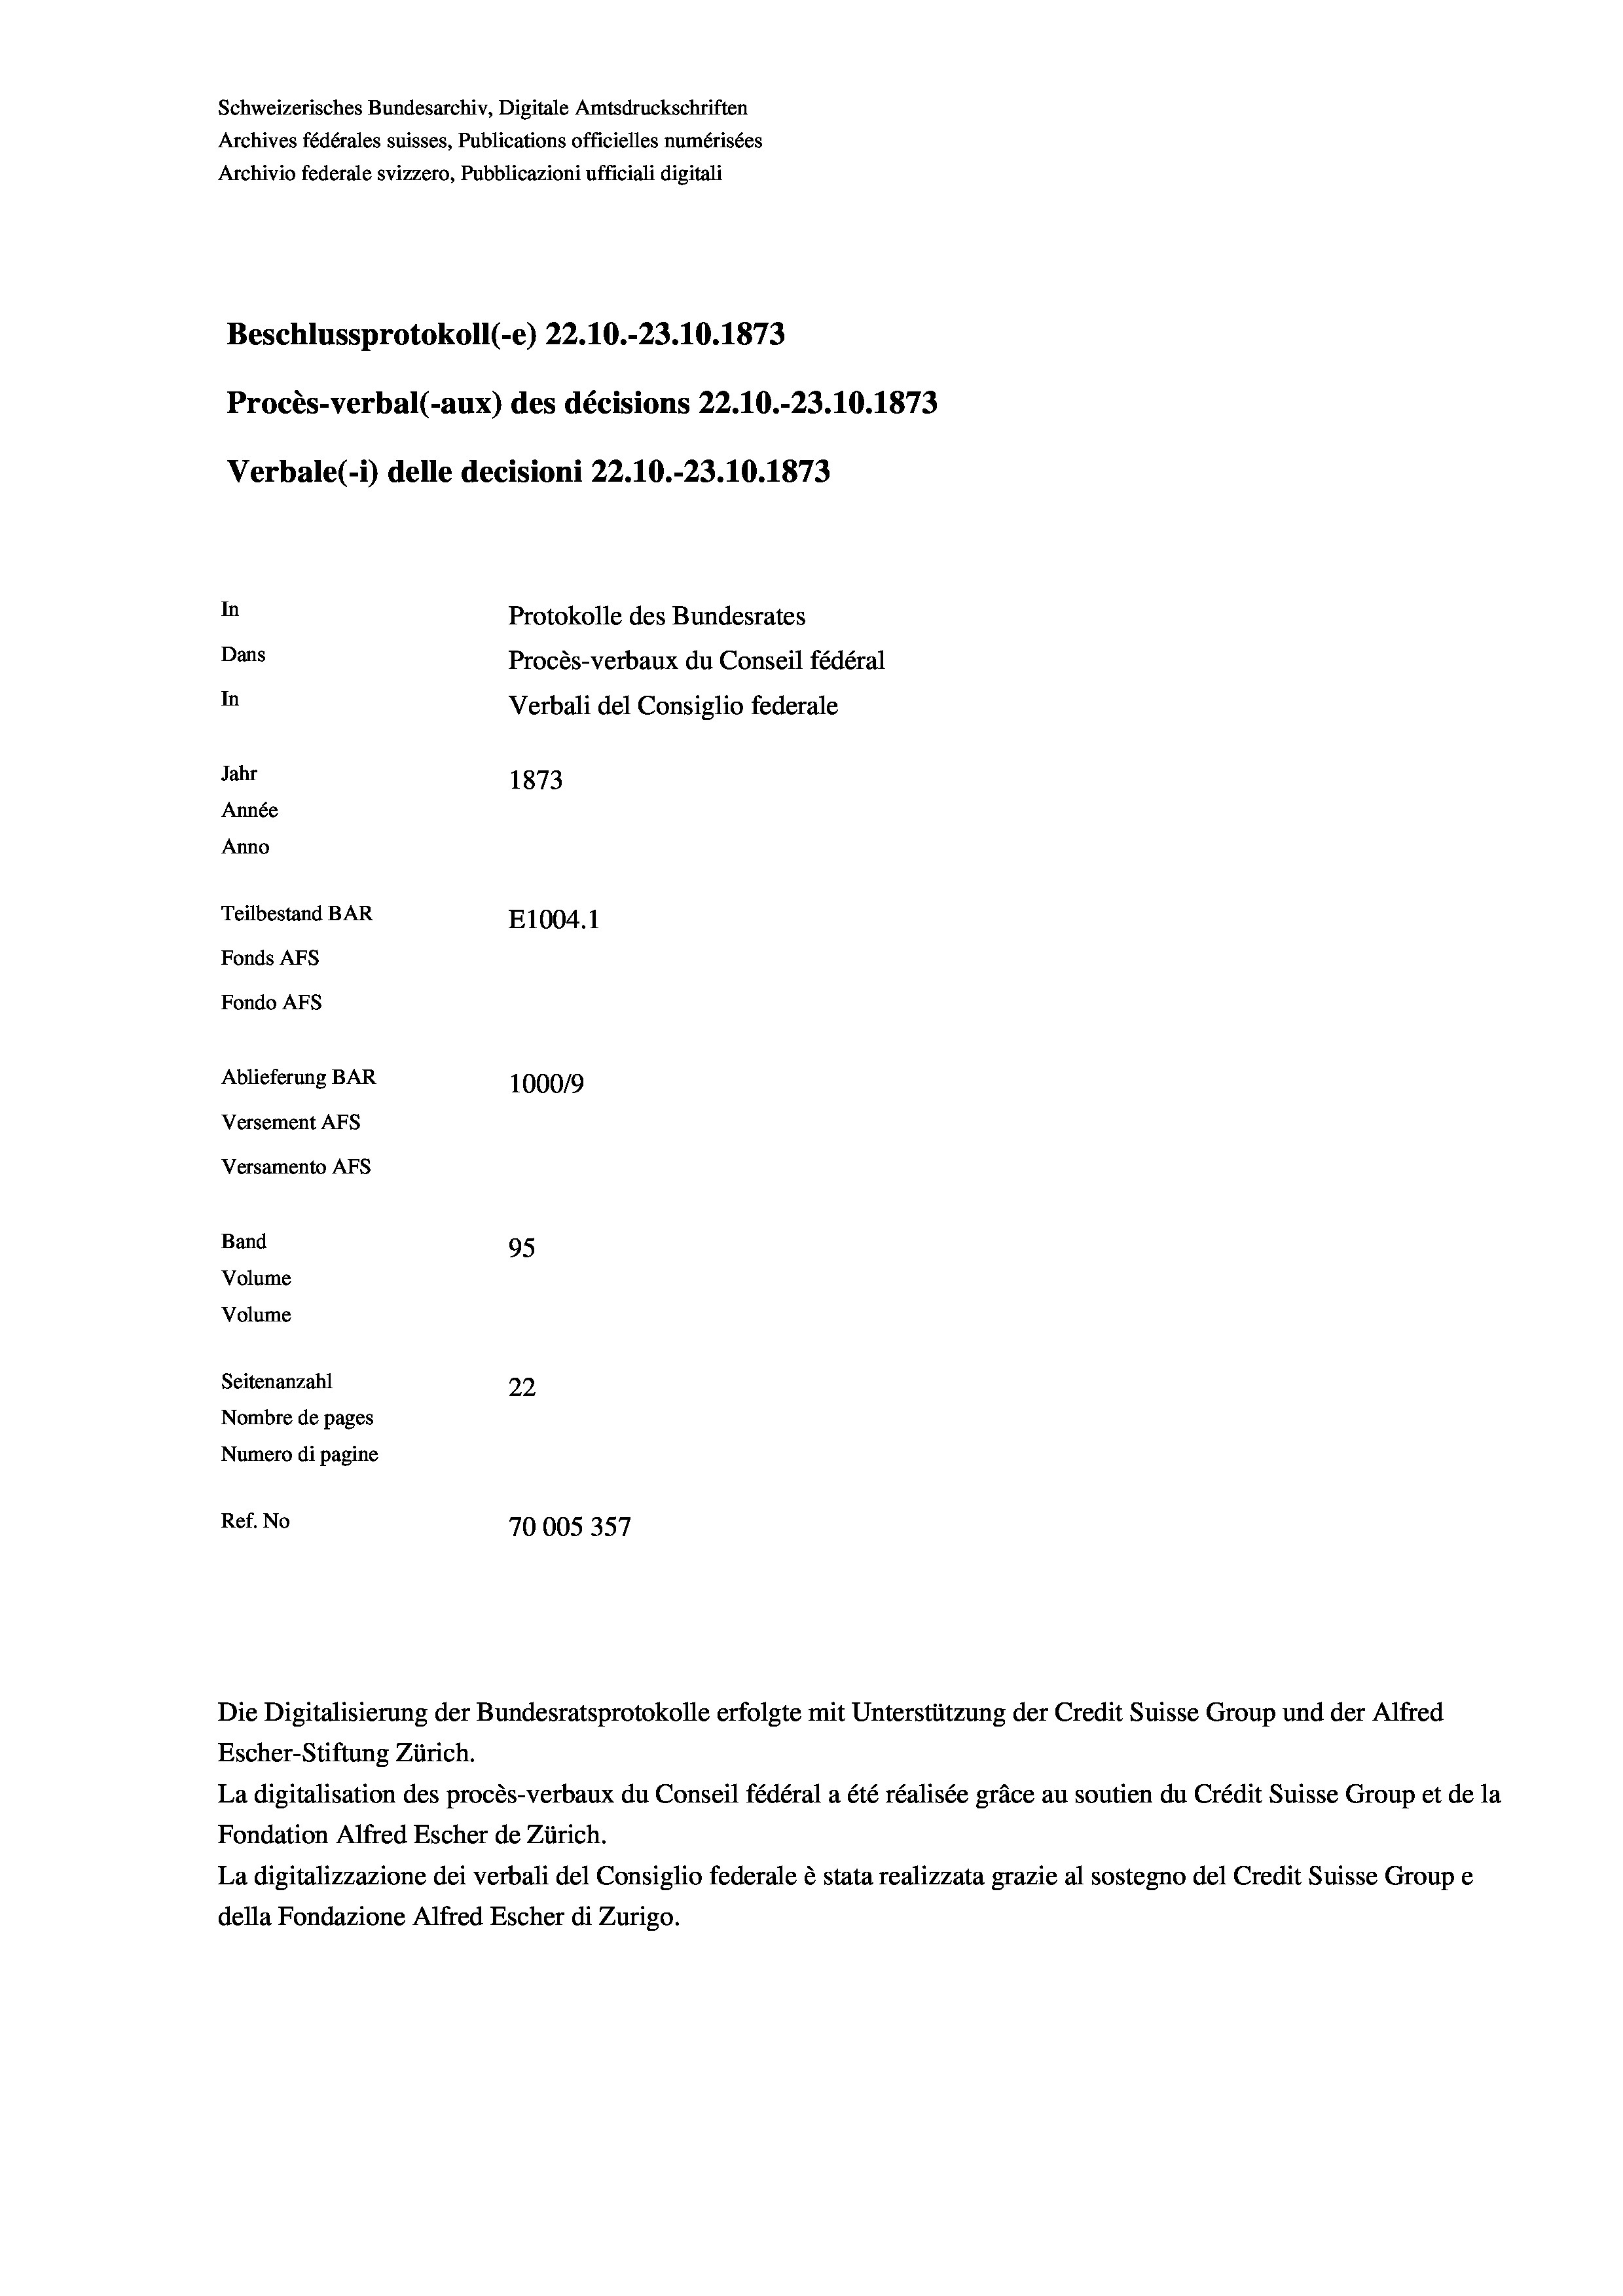
Schweizerisches Bundesarchiv, Digitale Amtsdruckschriften
Archives fédérales suisses, Publications officielles numérisées
Archivio federale svizzero, Pubblicazioni ufficiali digitali
Beschlussprotokoll (-e) 22.10.-23. 10. 1873
Procès-verbal (-aux) des décisions 22.10.-23.10.1873
Verbale (-*) delle decisioni 22.10.-23.10.1873
In
Protokolle des Bundesrates
Dans
Procès-verbaux du Conseil fédéral
In
Verbali del Consiglio federale
Jahr
1873
Année
Anno
Teilbestand BAR
E1004. 1
Fonds AFs
Fondo AFs
Ablieferung BAR
100019
Versement AFs
Versamento AFs
Band
95
Volume
Volume
Seitenanzahl
22

Nombre de pages
Numero di pagine
Ref. No
70005357

Die Digitalisierung der Bundesratsprotokolle erfolgte mit Unterstützung der Credit Suisse Group und der Alfred
Escher-Stiftung Zürich.
La digitalisation des procès-verbaux du Conseil fédéral a été réalisée gräce au soutien du Crédit Suisse Group et de la
Fondation Alfred Escher de Zürich.
La digitalizzazione dei verbali del Consiglio federale è stata realizzata grazie al sostegno del Credit Suisse Groupe
della Fondazione Alfred Escher di Zurigo.